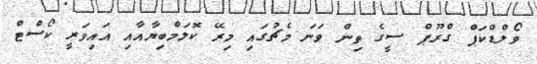
ވޯލްޑްކަޕް ގްރޫޕް ސީގެ ތިން ވަނަ މެޗުގައި މިރޭ ކޮލަމްބިޔާއާއި އައިވަރީ ކޯސްޓް